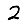
Digit: 2